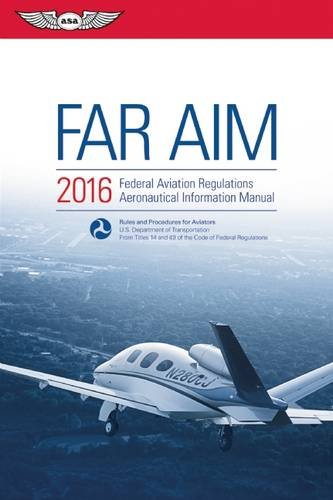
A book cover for FAR/AIM 2016: Federal Aviation Regulations/Aeronautical Information Manual (FAR/AIM series); Federal Aviation Administration (FAA)/Aviation Supplies & Academics (ASA); Engineering & Transportation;